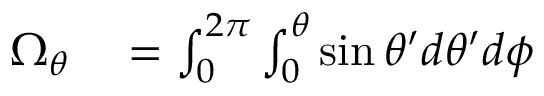
\begin{array} { r l } { \Omega _ { \theta } } & { { } = \int _ { 0 } ^ { 2 \pi } \int _ { 0 } ^ { \theta } \sin \theta ^ { \prime } d \theta ^ { \prime } d \phi } \end{array}